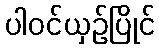
ပါဝင်ယှဉ်ပြိုင်